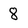
Character: 8